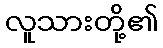
လူသားတို့၏